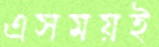
এসময়ই